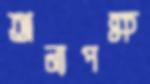
অন্যপক্ষ